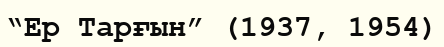
“Ер Тарғын” (1937, 1954)